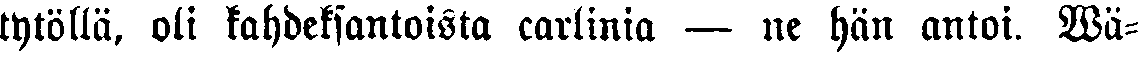
tytöllä, oli kahdeksantoista carlinia — ne hän antoi. Wä-